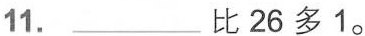
11.___比26多1。